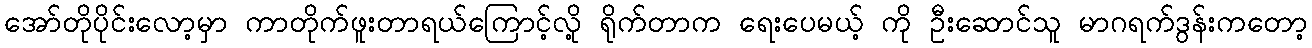
အော်တိုပိုင်းလော့မှာ ကာတိုက်ဖူးတာရယ်ကြောင့်လို့ ရိုက်တာက ရေးပေမယ့် ကို ဦးဆောင်သူ မာဂရက်ဒွန်းကတော့